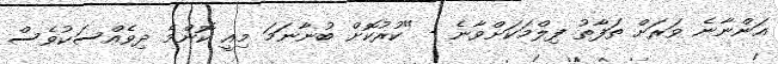
އަންނާނެ ވަރަށް ތަފާތު ފިލްމަކަށްވާނެ - "ކުރުކޮށް ބުނާނަމަ މިއީ ކޮންމެ ދިވެއްސަކުވެސް